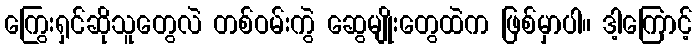
ကြွေးရှင်ဆိုသူတွေလဲ တစ်ဝမ်းကွဲ ဆွေမျိုးတွေထဲက ဖြစ်မှာပါ။ ဒါ့ကြောင့်